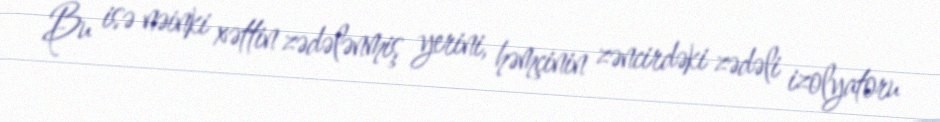
Bu isə nəinki xəttin zədələnmiş yerini, həmçinin zəncirdəki zədəli izolyatoru